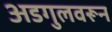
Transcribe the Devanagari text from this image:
अडगुलवरून